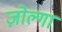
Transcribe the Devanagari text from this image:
ज़ोल्गा